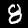
Label: 8